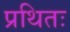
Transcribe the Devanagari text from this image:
प्रथितः